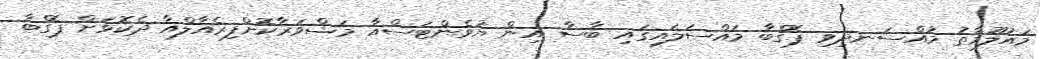
މައުލޫމާތު މުއްސަނދިވި ޕޮގްބާ މައްސަލައިގައި ބާސާ އިން ޔުވެންޓަސްއާ މަޝްވަރާކޮށްފިރެއާލްއާ ދެކޮޅަށް ޕޮގްބާ